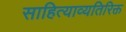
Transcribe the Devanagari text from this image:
साहित्याव्यतिरिक्त